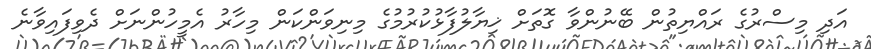
އަދި މިސްރުގެ ރައްޔިތުން ބޭނުންވާ ގޮތަށް ޚިޔާލުފާޅުކުރުމުގެ މިނިވަންކަން މިހާރު އެމީހުންނަށް ދެވިފައިވާނެ